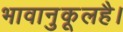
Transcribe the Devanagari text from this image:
भावानुकूलहै।